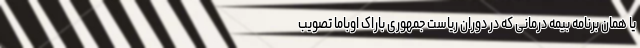
یا همان برنامه بیمه درمانی که در دوران ریاست جمهوری باراک اوباما تصویب